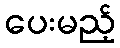
ပေးမည့်